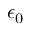
\epsilon _ { 0 }